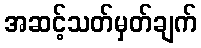
အဆင့်သတ်မှတ်ချက်